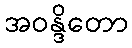
အဝန္ဒိတော